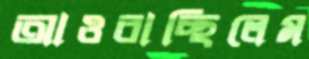
আওরাচ্ছিলেম